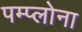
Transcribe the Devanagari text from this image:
पम्प्लोना